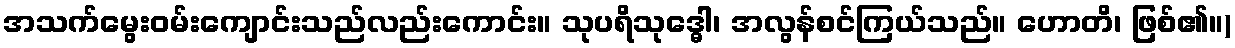
အသက်မွေးဝမ်းကျောင်းသည်လည်းကောင်း။ သုပရိသုဒ္ဓေါ၊ အလွန်စင်ကြယ်သည်။ ဟောတိ၊ ဖြစ်၏။)